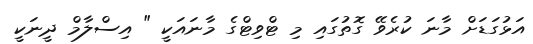
އަޅުގަޑަށް މާނަ ކުރެވޭ ގޮތުގައި މި ޓްވިޓްގެ މާނައަކީ " އިސްލާމް ދީނަކީ